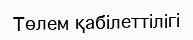
Төлем қабілеттілігі